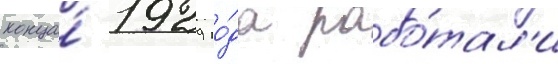
конца́ 1929 го́да рабо́тал'и